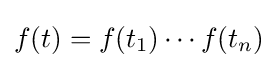
f(t)=f(t_{1})\cdots f(t_{n})